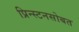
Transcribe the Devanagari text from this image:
प्रिन्स्टनसोबत